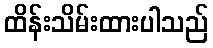
ထိန်းသိမ်းထားပါသည်